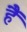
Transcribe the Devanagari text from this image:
हैॅ